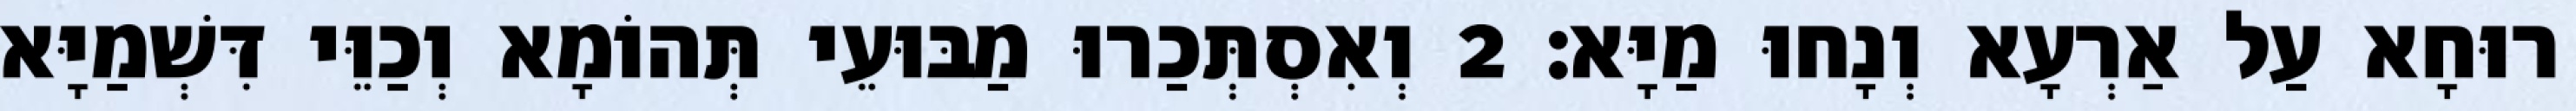
רוּחָא עַל אַרְעָא וְנָחוּ מַיָּא׃ 2 וְאִסְתְּכַרוּ מַבּוּעֵי תְּהוֹמָא וְכַוֵּי דִּשְׁמַיָּא